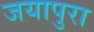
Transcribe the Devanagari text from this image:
जयापुरा